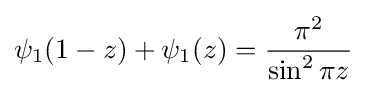
\psi _{1}(1-z)+\psi _{1}(z)={\frac {\pi ^{2}}{\sin ^{2}\pi z}}